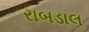
રાબડાલ